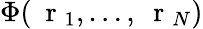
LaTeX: \Phi(\mathrm{~\mathbf~r~}_{1},\dots,\mathrm{~\mathbf~r~}_{N})